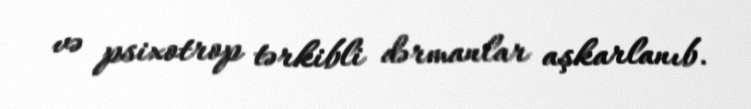
və psixotrop tərkibli dərmanlar aşkarlanıb.